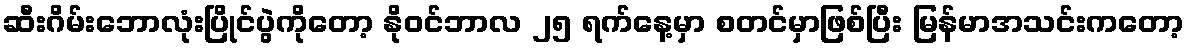
ဆီးဂိမ်းဘောလုံးပြိုင်ပွဲကိုတော့ နိုဝင်ဘာလ ၂၅ ရက်နေ့မှာ စတင်မှာဖြစ်ပြီး မြန်မာအသင်းကတော့